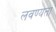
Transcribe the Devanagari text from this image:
लवण्यता